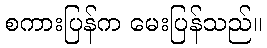
စကားပြန်က မေးပြန်သည်။